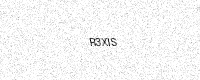
Text: R3XIS